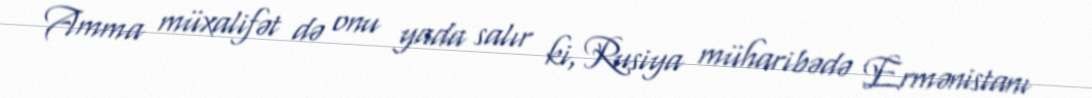
Amma müxalifət də onu yada salır ki, Rusiya müharibədə Ermənistanı